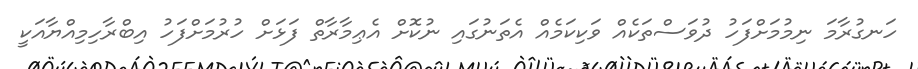
ހަނގުރާމަ ނިމުމަށްފަހު ދުވަސްތަކެއް ވަކިކަމެއް އެތަނުގައި ނުކޮށް އެޢިމާރާތް ފަޅަށް ހުރުމަށްފަހު އިބްރާހިމިއްޔާއަކީ